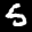
Label: 5